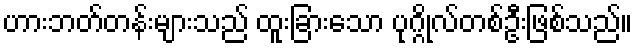
ဟားဘတ်တန်းများသည် ထူးခြားသော ပုဂ္ဂိုလ်တစ်ဦးဖြစ်သည်။